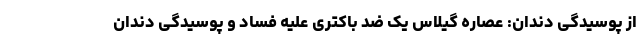
از پوسیدگی دندان: عصاره گیلاس یک ضد باکتری علیه فساد و پوسیدگی دندان